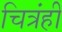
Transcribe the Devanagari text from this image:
चित्रंही